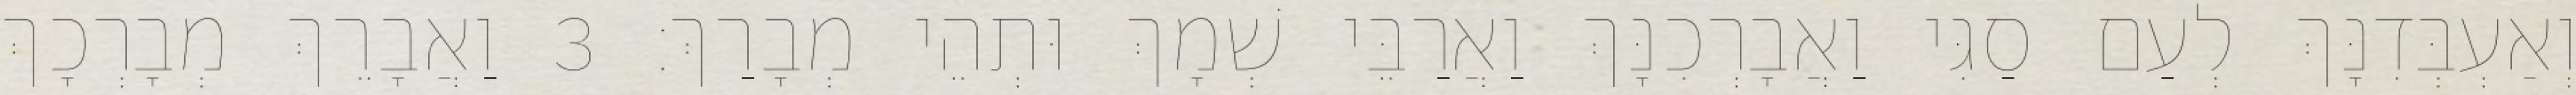
וְאַעְבְּדִנָּךְ לְעַם סַגִּי וַאֲבָרְכִנָּךְ וַאֲרַבֵּי שְׁמָךְ וּתְהֵי מְבָרַךְ׃ 3 וַאֲבָרֵךְ מְבָרְכָךְ